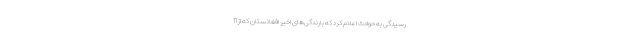
رسیدگی به حوادث اعلام کرد که بارندگی‌های اخیر افغانستان که از 11